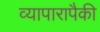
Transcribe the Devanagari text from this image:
व्यापारापैकी